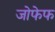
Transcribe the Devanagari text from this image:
जोफेफ